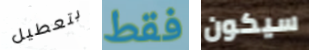
بتعطيل فقط سيكون